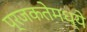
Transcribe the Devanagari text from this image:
प्रजकतेमध्ये